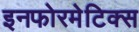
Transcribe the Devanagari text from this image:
इनफोरमेटिक्स